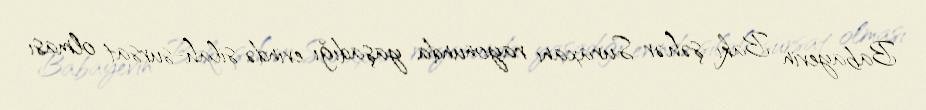
Babayevin Bakı şəhər Suraxanı rayonunda yaşadığı evində silah-sursat olması